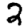
Digit: 2